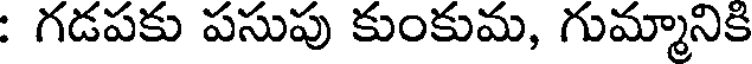
: గడపకు పసుపు కుంకుమ, గుమ్మానికి